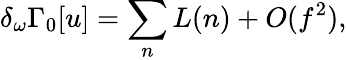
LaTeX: \delta_{\omega}\Gamma_{0}[u]=\sum_{n}L(n)+O(f^{2}),